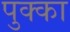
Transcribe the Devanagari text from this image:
पुक्का